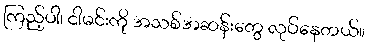
ကြည့်ပါ၊ ငါမင်းကို အသစ်အဆန်းတွေ လုပ်နေတယ်။